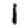
Digit: 1